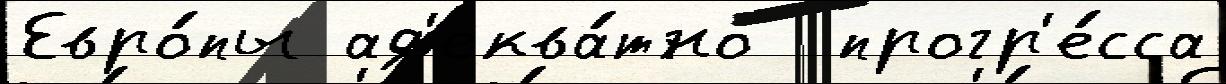
Евро́пы ад'еква́тно  прогр'е́сса